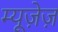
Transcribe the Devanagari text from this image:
म्यूज़ेज़